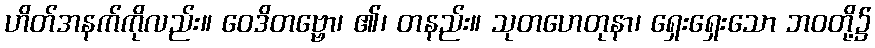
ဟိတ်အနက်ကိုလည်း။ ဝေဒိတဗ္ဗော၊ ၏၊ တနည်း။ သုတဟေတုနာ၊ ရှေးရှေးသော ဘဝတို့၌